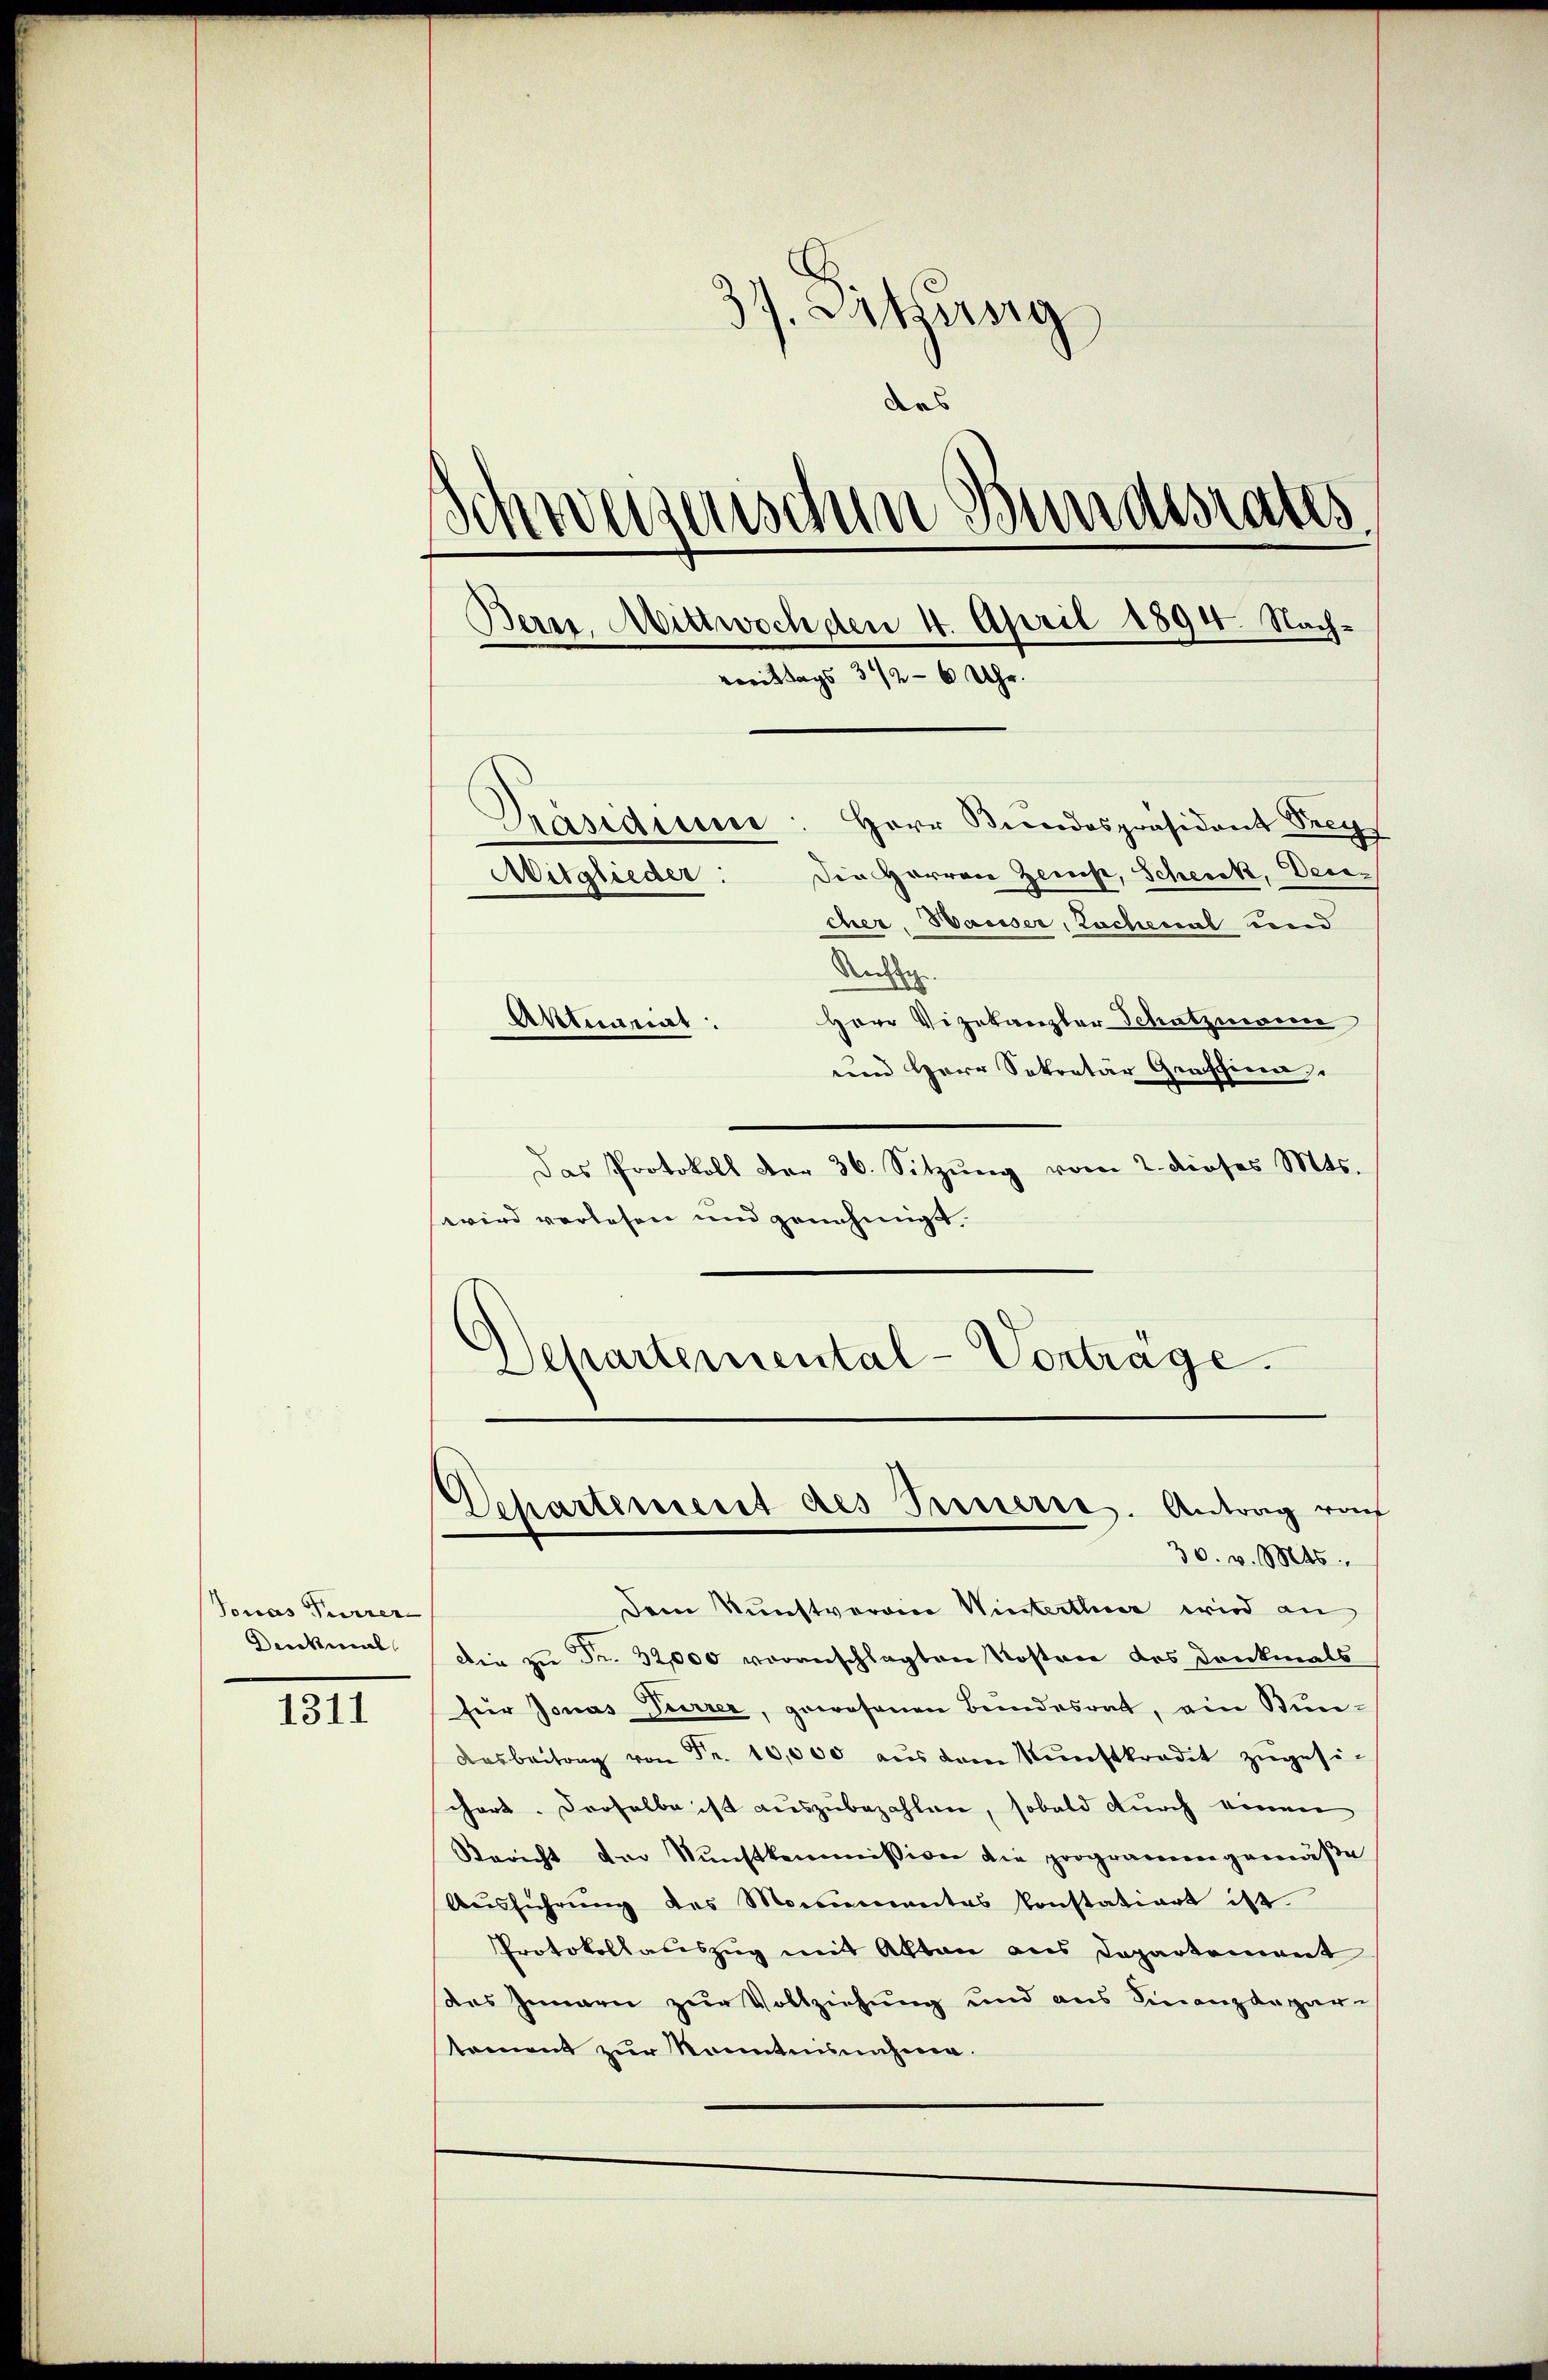
Jonas Furrer
Denkmal

1311

37. Sekreisig
drs
Schweizerischen Bundesrates.
Bern, Mittwoch den 4. April 1894. Nach¬
Komittags 3 1/2 - 6 Uhr.
Präsidie: Herr Bundespräsident Drey
Die Herren Zerst, Scheick, Deci¬
Mitglieder.
cher, Hauser, Lachenal und

Rechte.
Herr Vizekanzler Schutzwesen
Aktuariat:
nen Herr Sekretär Graffina
Das Protokoll der 36. Sitzŭng vom 2. dieses Mts.
wird verlesen und genehmigt.
Departemental-Vorträge.

Dem Kunstverain Winterthur wird an
Die zu Fr. 32,000 voranschlagten Kosten des Dankmals
für Jonas Furrer, gewesenen Bundesrat, ein Bun¬
Dasbeitung von Fr. 10,000 aŭs dem Nŭnstkredit zŭgesischart. Derselbe ist auszubezahlen, sobald durch einen
Bericht der Kunstkommission die programengemäβe
Aŭsführŭng des Monumantas konstatiort ist.
Protokollasiszug mit Akten aus Dopartement
des Innern zur Vollziehung und aus Finanzdepar-
koment zur Sonntensnahme.

Dchartement des Treuerre. Antrag vo
30. v. Mts.